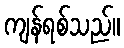
ကျန်ရစ်သည်။